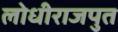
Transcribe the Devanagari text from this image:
लोधीराजपुत